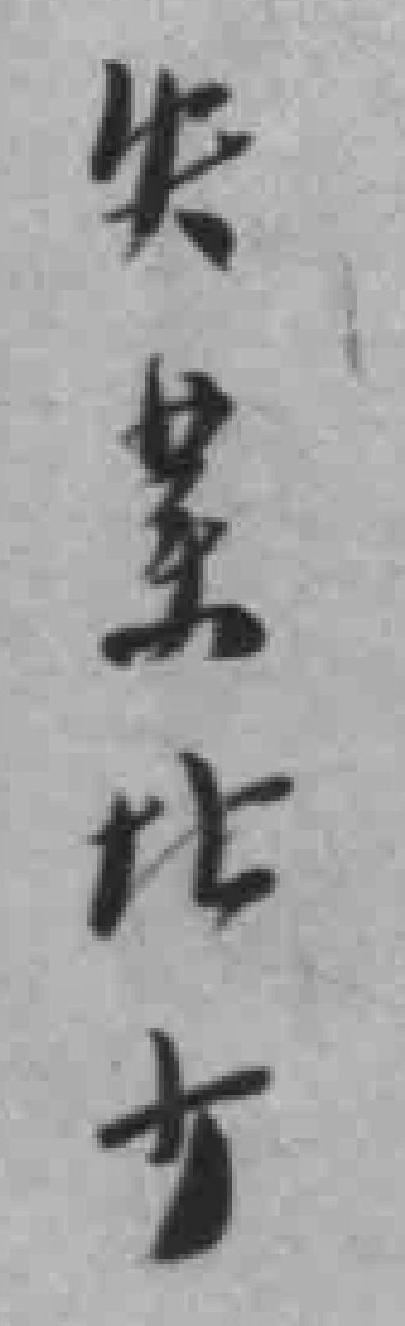
失業*少